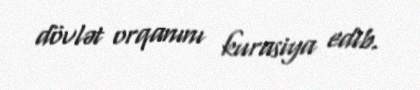
dövlət orqanını kurasiya edib.